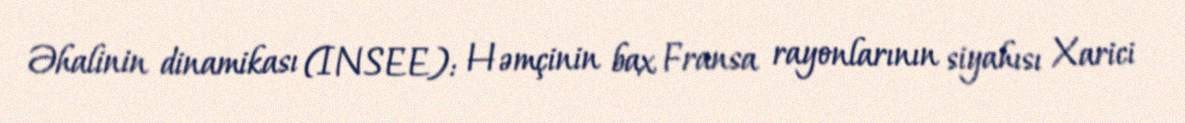
Əhalinin dinamikası (INSEE): Həmçinin bax Fransa rayonlarının siyahısı Xarici